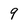
Character: 9